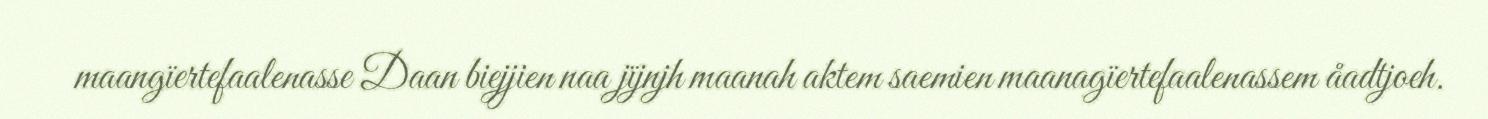
maangïertefaalenasse Daan biejjien naa jïjnjh maanah aktem saemien maanagïertefaalenassem åadtjoeh.